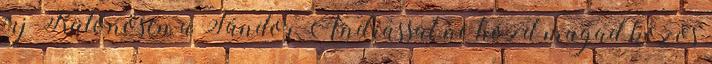
írj Különösen a Sándor Andrással ne hozd magad közös